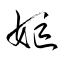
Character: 嫗